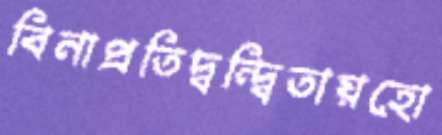
বিনাপ্রতিদ্বন্দ্বিতায়হো